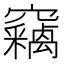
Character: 竊